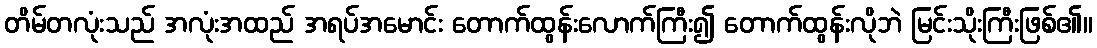
တိမ်တလုံးသည် အလုံးအထည် အရပ်အမောင်း တောက်ထွန်းလောက်ကြီး၍ တောက်ထွန်းလိုဘဲ မြင်းသိုးကြီးဖြစ်၏။